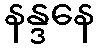
နန္ဒနေ